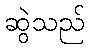
ဆွဲသည်